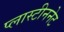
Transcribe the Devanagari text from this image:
प्लास्टीननेट